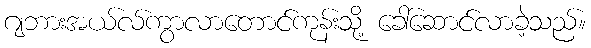
ဂျဘားအယ်လ်ကွာလာတောင်ကုန်းသို့ ခေါ်ဆောင်လာခဲ့သည်။